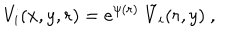
V _ { i } ( x , y , r ) = e ^ { \psi ( r ) } \ \tilde { V } _ { i } ( r , y ) ~ ,